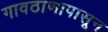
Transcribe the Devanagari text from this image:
गावठाणापासून